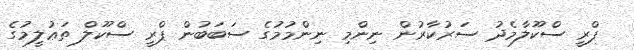
ޕްރީ ސްކޫލާމެދު ސަރުކާރުން ނިންމި ނިންމުމުގެ ސަބަބުން ޕްރީ ސްކޫލް ތަޢުލީމުގެ